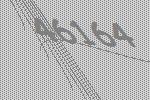
46164